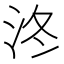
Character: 泈